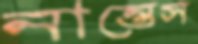
নান্তেস